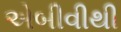
એબીવીથી